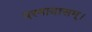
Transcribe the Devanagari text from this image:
परमायासम्‌।